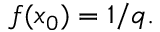
f ( x _ { 0 } ) = 1 / q .